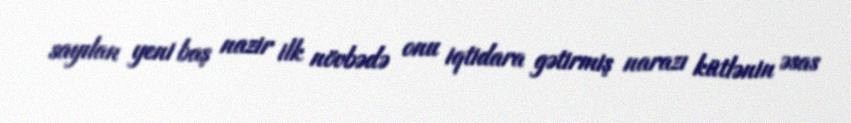
sayılan yeni baş nazir ilk növbədə onu iqtidara gətirmiş narazı kütlənin əsas